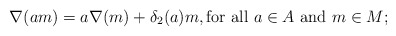
\begin{align*}\nabla(am) = a\nabla(m) + \delta_2(a)m, \mbox{for all $a\in A$ and $m\in M$;}\end{align*}